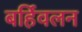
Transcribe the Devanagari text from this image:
बर्हिवलन